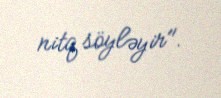
nitq söyləyir".